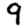
Digit: 9